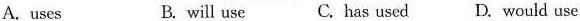
36.Tim told us that his company__ robots to do some of the work.